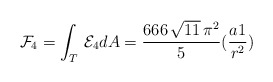
\begin{align*}{\cal F}_{4}=\int_{T}\, {\cal E}_{4} dA=\frac{666\, \sqrt{11} \,\pi^2}{5} ( \frac{a{1}}{r^2})\end{align*}